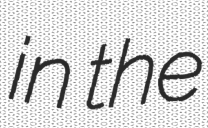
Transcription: in the